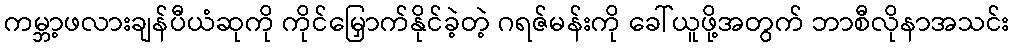
ကမ္ဘာ့ဖလားချန်ပီယံဆုကို ကိုင်မြှောက်နိုင်ခဲ့တဲ့ ဂရဇ်မန်းကို ခေါ်ယူဖို့အတွက် ဘာစီလိုနာအသင်း